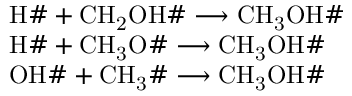
\begin{array} { r l } & { \mathrm { H \# } + \mathrm { C H _ { 2 } O H \# } \longrightarrow \mathrm { C H _ { 3 } O H \# } } \\ & { \mathrm { H \# } + \mathrm { C H _ { 3 } O \# } \longrightarrow \mathrm { C H _ { 3 } O H \# } } \\ & { \mathrm { O H \# } + \mathrm { C H _ { 3 } \# } \longrightarrow \mathrm { C H _ { 3 } O H \# } } \end{array}